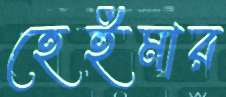
হেইমার